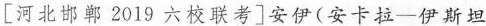
[河北邯郸2019六校联考]安伊(安卡拉-伊斯坦